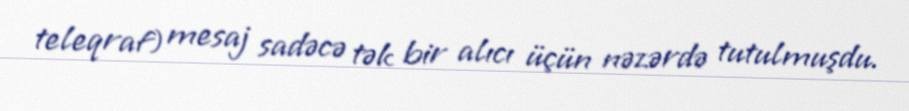
teleqraf) mesaj sadəcə tək bir alıcı üçün nəzərdə tutulmuşdu.